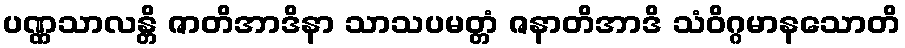
ပဏ္ဏသာလန္တိ ဇာတိအာဒိနာ သာသပမတ္တံ ဇနာတိအာဒိ သံဝိဂ္ဂမာနသောတိ